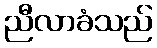
ညီလာခံသည်